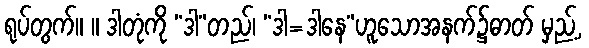
ရုပ်တွက်။ ။ ဒါတုံကို “ဒါ”တည်၊ “ဒါ=ဒါနေ”ဟူသောအနက်၌ဓာတ် မှည့်,